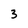
Character: 3